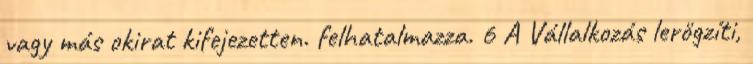
vagy más okirat kifejezetten. felhatalmazza. 6 A Vállalkozás lerögzíti,